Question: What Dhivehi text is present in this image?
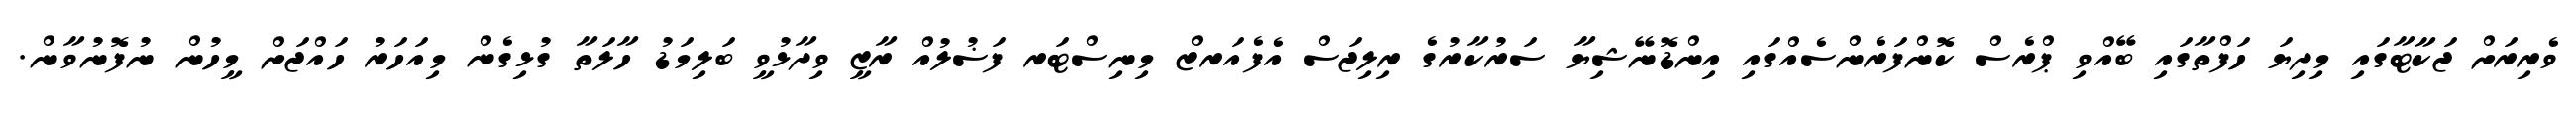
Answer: ވެރިރަށް ޖަކާޓާގައި މިދިޔަ ހަފްތާގައި ބޭއްވި ޕްރެސް ކޮންފަރެންސެއްގައި އިންޑޮނޭޝިޔާ ސަރުކާރުގެ ރިލިޖަސް އެފެއަރޒް މިނިސްޓަރ ފަޟުލުއް ރާޒީ ވިދާޅުވީ ބަލިމަޑު ހާލަތާ ގުޅިގެން މިއަހަރު ހައްޖަށް މީހުން ނުފޮނުވާން.